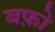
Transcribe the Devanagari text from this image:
बफ़ो